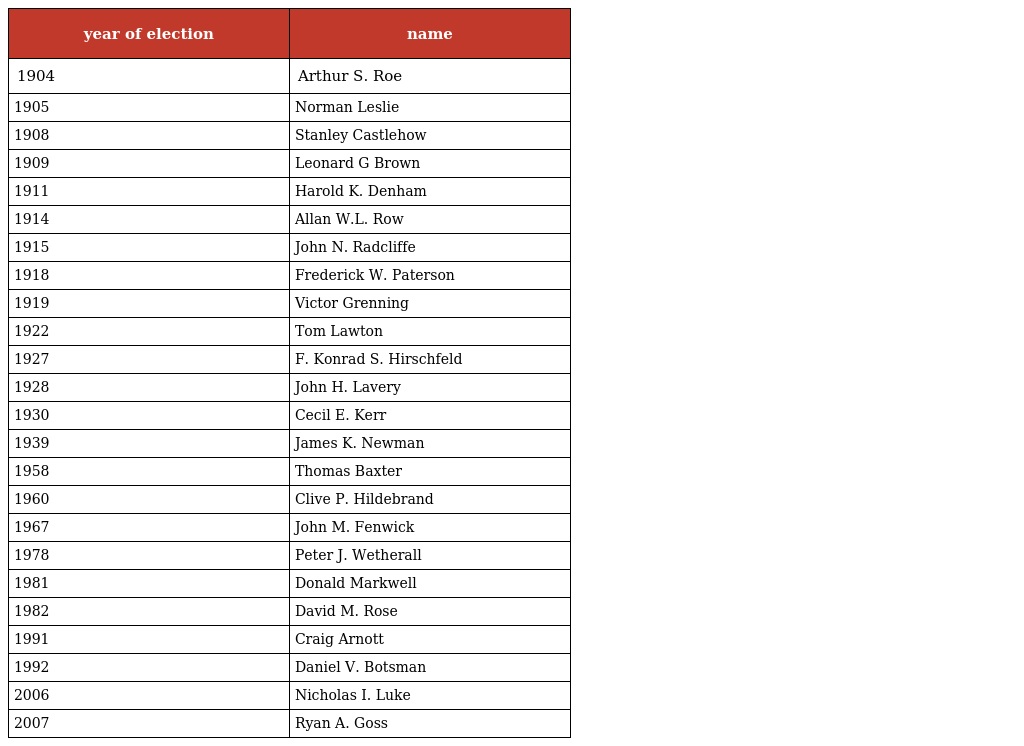
| year of election | name |
 | --- | --- |
 | 1904 | Arthur S. Roe |
 | 1905 | Norman Leslie |
 | 1908 | Stanley Castlehow |
 | 1909 | Leonard G Brown |
 | 1911 | Harold K. Denham |
 | 1914 | Allan W.L. Row |
 | 1915 | John N. Radcliffe |
 | 1918 | Frederick W. Paterson |
 | 1919 | Victor Grenning |
 | 1922 | Tom Lawton |
 | 1927 | F. Konrad S. Hirschfeld |
 | 1928 | John H. Lavery |
 | 1930 | Cecil E. Kerr |
 | 1939 | James K. Newman |
 | 1958 | Thomas Baxter |
 | 1960 | Clive P. Hildebrand |
 | 1967 | John M. Fenwick |
 | 1978 | Peter J. Wetherall |
 | 1981 | Donald Markwell |
 | 1982 | David M. Rose |
 | 1991 | Craig Arnott |
 | 1992 | Daniel V. Botsman |
 | 2006 | Nicholas I. Luke |
 | 2007 | Ryan A. Goss |